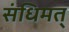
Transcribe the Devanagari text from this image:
संधिमत्